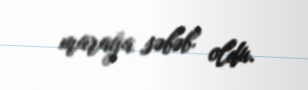
marağa səbəb oldu.